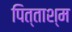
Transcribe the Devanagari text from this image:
पित्ताश्म